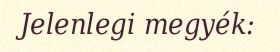
Jelenlegi megyék: